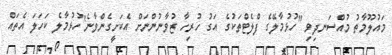
މައުލޫމާތު މުއްސަނދިވި "ހުޅުމާލޭގެ ފްލެޓްތަކުގެ އަގު ހުރިހާ ޒުވާނުންނަށް އެކަށީގެންވާނެ"ހުޅުމާލެ ކަހަލަ އެތައް